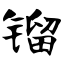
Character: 镏